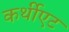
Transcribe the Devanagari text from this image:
कर्थीएट